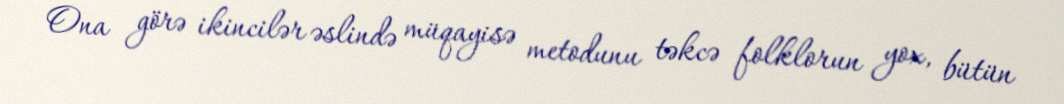
Ona görə ikincilər əslində müqayisə metodunu təkcə folklorun yox, bütün